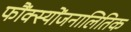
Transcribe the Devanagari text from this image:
फौंक्स्योंजनालितिक